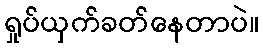
ရှုပ်ယှက်ခတ်နေတာပဲ။